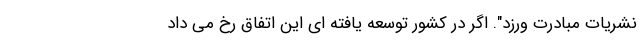
نشریات مبادرت ورزد". اگر در کشور توسعه یافته ای این اتفاق رخ می داد